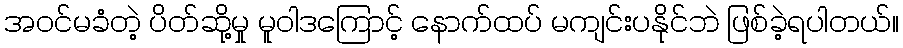
အဝင်မခံတဲ့ ပိတ်ဆို့မှု မူဝါဒကြောင့် နောက်ထပ် မကျင်းပနိုင်ဘဲ ဖြစ်ခဲ့ရပါတယ်။